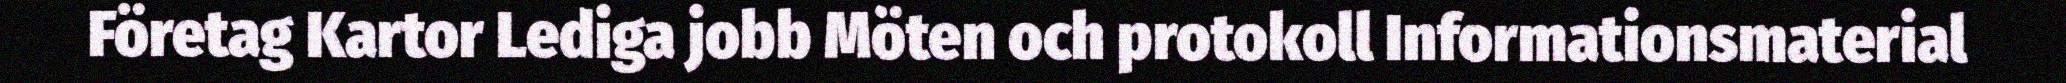
Företag Kartor Lediga jobb Möten och protokoll Informationsmaterial